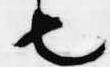
也